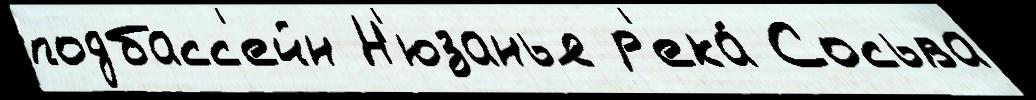
подбасс'ейн Н'юзанья р'ека́ Сосьва